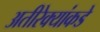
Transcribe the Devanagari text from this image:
अतीरेक्यांकडे